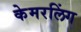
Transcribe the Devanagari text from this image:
केमरलिंग